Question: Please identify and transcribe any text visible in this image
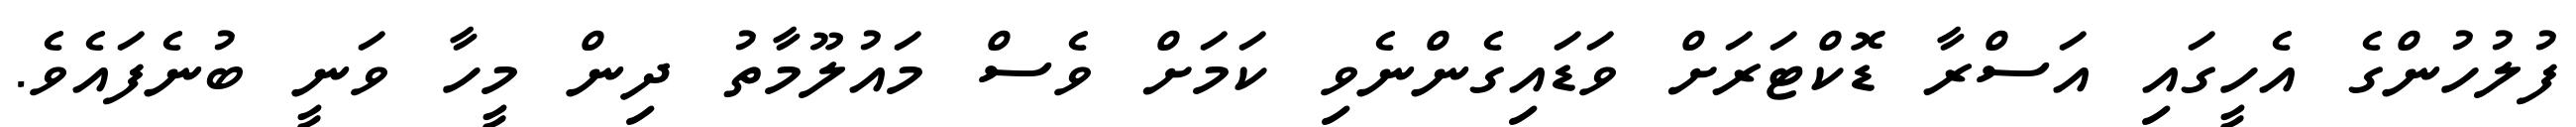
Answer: ފުލުހުންގެ އެހީގައި އަސްރާ ޑޮކްޓަރަށް ވަޑައިގެންނެވި ކަމަށް ވެސް މައުލޫމާތު ދިން މީހާ ވަނީ ބުނެފައެވެ.